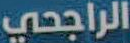
الراجحي